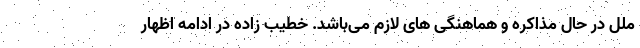
ملل در حال مذاکره و هماهنگی های لازم می‌باشد. خطیب زاده در ادامه اظهار